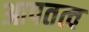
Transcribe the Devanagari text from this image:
आपतत्व